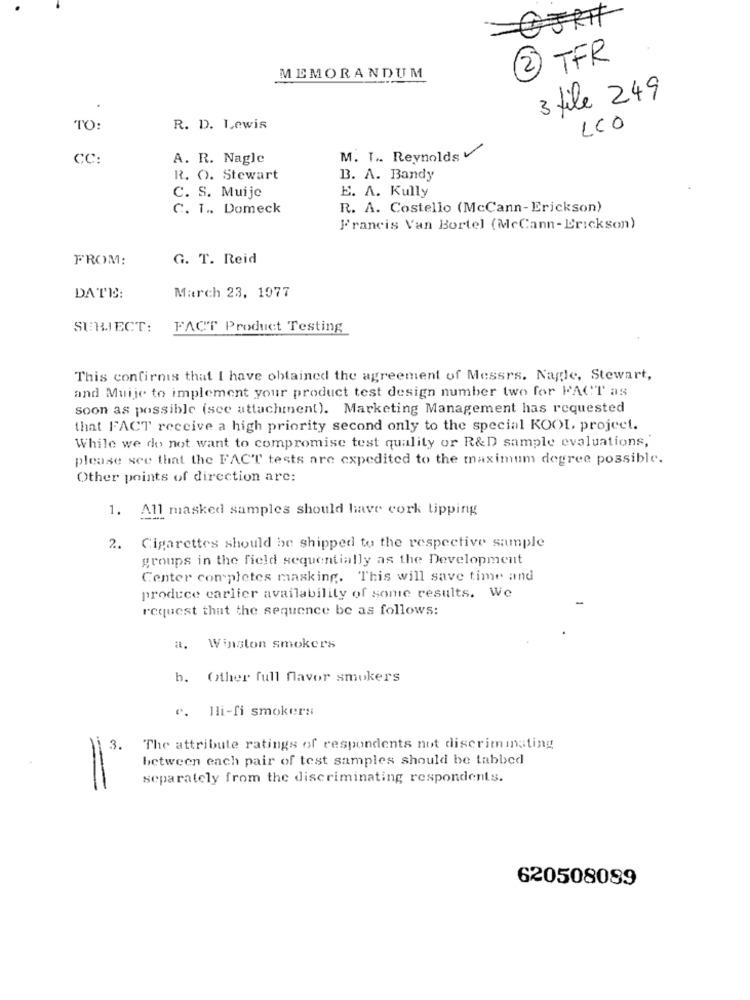
2 TFR
MEMORANDUM
3 file 249
TO:
R. D. Lewis
LCO
CC:
A. R. Nagle
M. T. Reynolds
R. O. Stewart
B. A. Bandy
C. S. Muije
E. A. Kully
C. T .. Domeck
R. A. Costello (McCann-Erickson)
Francis Van Bortel (McCann- Erickson)
FROM:
G. T. Reid
DATE:
March 23, 1977
SUBJECT:
FACT Product Testing
This confirnis that I have obtained the agreement of Messrs. Nagle, Stewart,
and Muije to implement your product test design number two for FACT as
soon as possible (see attachment). Marketing Management has requested
that FACT receive a high priority second only to the special KOOL, project.
While we do not want to compromise test quality or R&D sample evaluations,
please see that the FACT tests are expedited to the maximum degree possible.
Other points of direction are:
1. All masked samples should have cork tipping
2. Cigarettes should be shipped to the respective sample
groups in the field sequentially as the Development
Center completes masking. This will save time and
produce earlier availability of some results. We
request that the sequence be as follows:
a. Winston smokers
b. Other full favor smokers
e. lli-fi smokers
3. The attribute ratings of respondents not discriminating
between each pair of test samples should be tabbed
separately from the discriminating respondents.
=
620508089